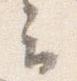
云